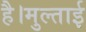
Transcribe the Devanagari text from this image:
है।मुल्ताई